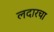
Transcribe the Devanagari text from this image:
लदारचा